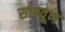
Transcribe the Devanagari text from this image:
साठवूण